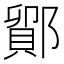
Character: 鄮